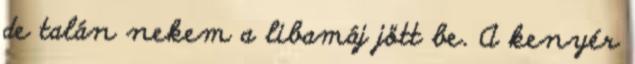
de talán nekem a libamáj jött be. A kenyér